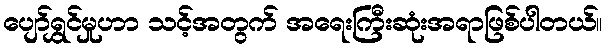
ပျော်ရွှင်မှုဟာ သင့်အတွက် အရေးကြီးဆုံးအရာဖြစ်ပါတယ်။